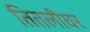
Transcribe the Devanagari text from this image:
तितलीघर